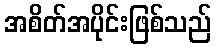
အစိတ်အပိုင်းဖြစ်သည်